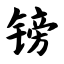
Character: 镑